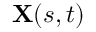
\mathbf { X } ( s , t )